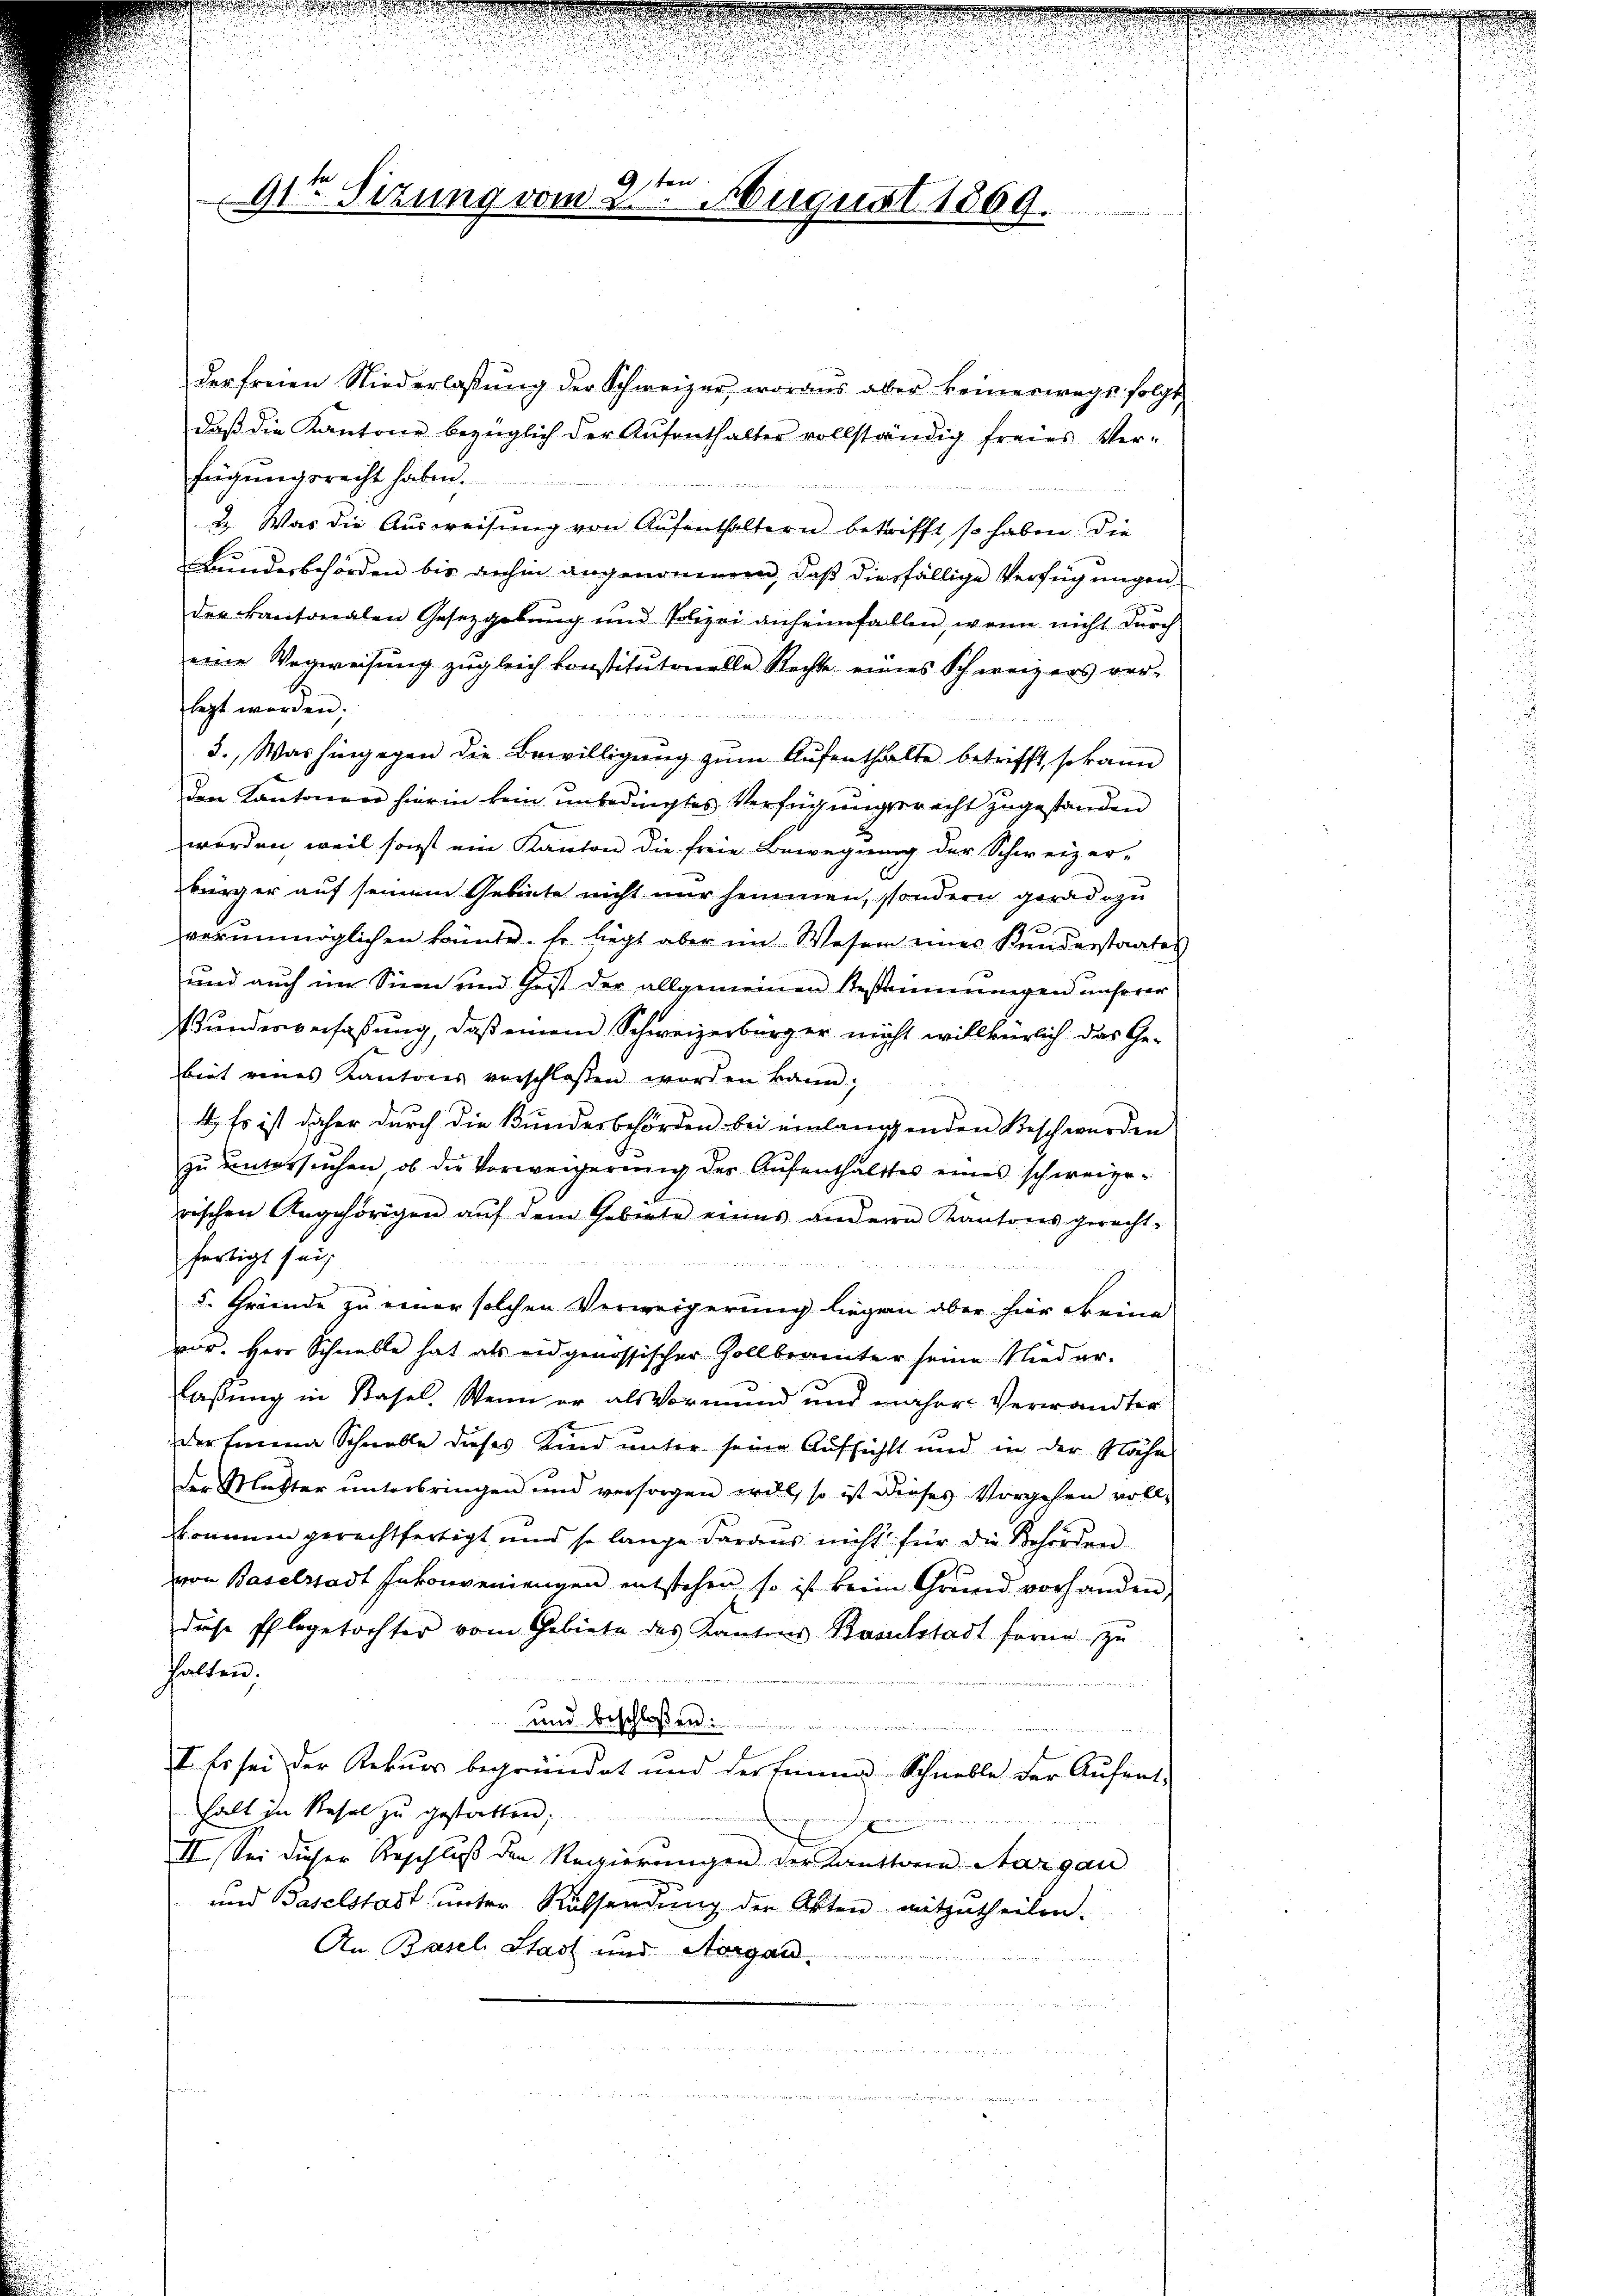
9sten.
91te Sitzung vom 2. August 1869.

der freien Niederlassŭng der Schweizer, woraus aber keinerwegs folgt,
daβ die Kantone bezüglich der Aŭfenthalter vollständig freies Ver-
fügungsrecht haben.
2. Was die Ausweisung von Aufenthaltern betrifft, so haben die
Bundesbehörden bis anhin angenommen, daß diesfällige Verfügungen
der kantonalen Gesetzgebung und Polizei anheimfallen, wenn nicht durch
eine Wegweisung zugleich konstitutonelle Rechte eines Schweizers ver-
legt werden;
3. Was hingegen die Bewilligŭng zŭm Aŭfenthalte betrifft, so kann
den Kantonere hierin kein unbedingtes Verfügungsrecht zugestanden
werden, weil sonst ein Kanton die freie Bewegung der Schweizer-
bürger auf seinem Gebiete nicht nur hemmen, sondern geradezu
verŭnmöglichen könnte. Er liegt aber im Wesen eines Kunderstaates
und auch im Sinn und Geist der allgemeinen Bestimmungen unserer
Bundesverfaßung, daß einem Schweizerbürger nicht willkürlich das Gebiet eines Kantons verschlossen worden kann;
4. Es ist daher durch die Bundesbehörden bei einlangenden Beschwerden
zŭ ŭntersŭchen, ob die Vorweigerŭng der Aŭfenthalttes eines schweize-
rischen Angehörigen aŭf dem Gebiete eines andern Kantons gerecht-
fertigt sei

5. Gründe zu einer solchen Verweigerung liegen aber hier eine
var. Herr Schnelle hat als eidgenössischer Gollbranter seine Nieder-
lassung in Basel. Wenn er als Vormund und naher Verwandter
der Einena Schnelle dieses Kind unter seine Aufsicht und in der Nähe
der Mutter unterbringen und versagen will, so ist dieses Vorgehen voll-
kkommen gerechtfertigt, und so lange daraus nicht für die Behörden
von Baselstadt Inkonveniengen entstehen so ist beim Grund vorhanden,
diese Pflegetochter vom Gebiete des Kantons Baselstadt forme zu
halten.
,
und beschloßen:
I. Es sei der Rekurs begründet und der Einna Schnelle der Aufent-
halt in Resel zu gestatten;
II. Sei dieser Beschluß den Regierungen der Kanttore Aargau
und Baselstadt unter Ruhsendung der Akten mitzutheilen.
An Basel Stadt und Aargau.